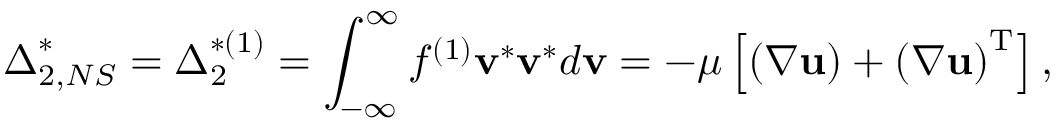
{ \boldsymbol { \Delta } } _ { 2 , N S } ^ { * } = { \boldsymbol { \Delta } } _ { 2 } ^ { * ( 1 ) } = \int _ { - \infty } ^ { \infty } { { f ^ { ( 1 ) } } { { \bf { v } } ^ { * } } { { \bf { v } } ^ { * } } d { \bf { v } } } = - \mu \left[ { \left( { \nabla { \bf { u } } } \right) + { { \left( { \nabla { \bf { u } } } \right) } ^ { \mathrm { { T } } } } } \right] ,